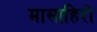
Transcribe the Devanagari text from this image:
मासाहिरो